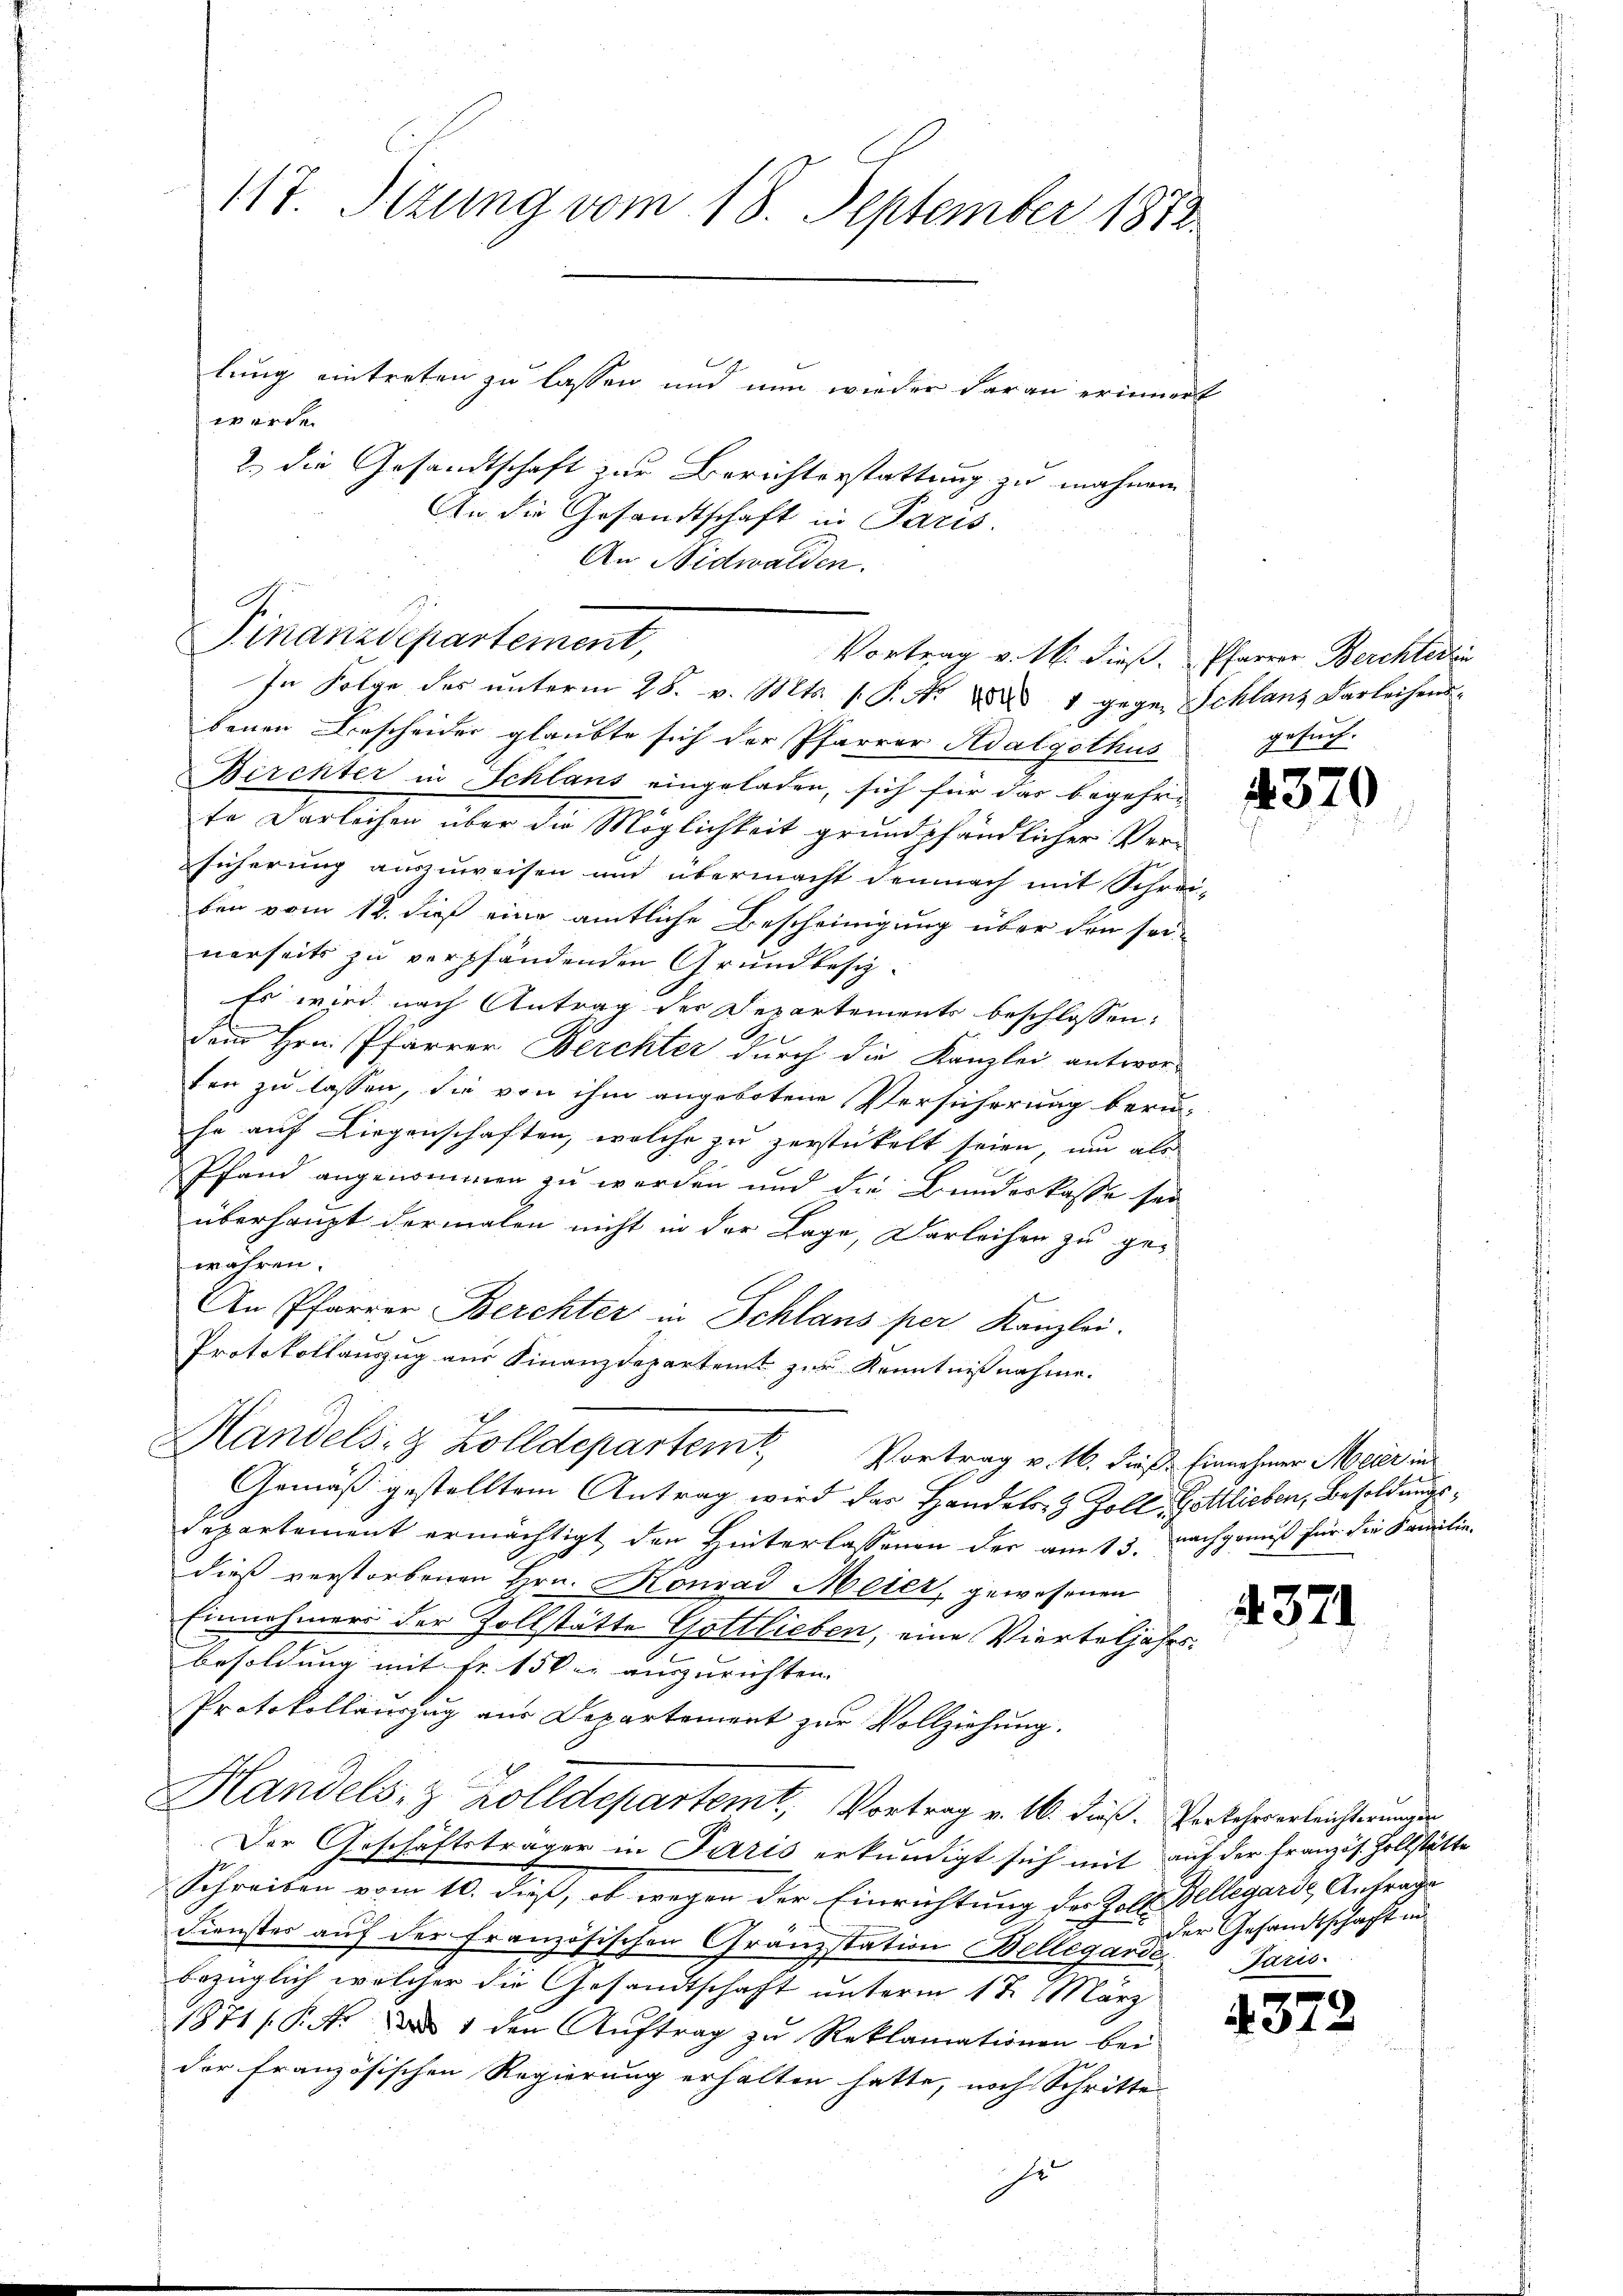
An Nidwalden.

117. Sizung vom 18. September 1852.
lung eintreten zu lassen und nun wieder daran erinnert
werde.
2.) die Gesandtschaft zur Berichterstattung zu mahnen
An die Gesandtschaft in Paris.

Finanzdepartement,
Vortrag v. M. dieß. Pfarrer Berchterlin
In Folge des unterm 28. v. Mts. 1. P. Nr. 881 gegen Schlanz Darleihens¬

benen Bescheider glaubte sich der Pfarrer Adalgothus
Berchter in Schlans eingeladen, sich für das begehrte Darleihen über die Möglichkeit grundpfändlicher Versicherung auszuweisen und übermacht demnach mit Schrei-
ben vom 12. dieß eine amtliche Bescheinigung über den seinerseits zu verpfändenden Grundbesi¬
Es wird nach Antrag der Departements beschlossen:
dem Hrn. Pfarrer Berchter durch die Kanzlei antwor-
ten zu lassen, die von ihm angebotene Versicherung beruso auf Liegenschaften, welche zu zerstickelt seien, um als
Pfand angenommen zu werden und die Bundeskasse sei
überhaupt dermalen nicht in der Lage, Darleihen zu ge-
wahren.
An Pfarrer Berchter in Schlans per Kanzlei.
Protokollauszug aus Finanzdepartent zur Kenntnißnahme.
Handels- & Zolldepartem Vortrag v. 16. dieß. Einnehmer Meier in
Gemäß gestelltem Antrag wird das Handels- & Zoll- Gottlieben, Besoldungs¬
Departement ermächtigt, den Hinterlassenen der am 15. nachgenuß für die Familie-
dieß verstorbenen Hrn. Konrad Meier, gewesenen
Einnahmers der Zollstätte Gottlieben, eine Vierteljahrsbesoldung mit Fr. 150 r. auszurichten.
Protokollauszug aus Departement zur Vollziehung.
Handels- & Zolldepartemt, Vortrag v. 16. dieß. Vorkehrerleichterungen
Der Geschäftsträger in Paris erkundigt sich mit auf der französ. Zollstätte
Schreiben vom 10. dieß, ob wegen der Einrichtung der Zoll Bellegard Antrage
Dienstes auf der Französischen Granzstation Bellegarde Paris
bezüglich welcher die Gesandtschaft unterm 1 t März
1871 /P. r a 1 den Auftrag zu Reklamationen bei
der französischen Regierung erhalten hatte, noch Schritte

gesuch.

4370

4371

der Gesandtschaft un

4372